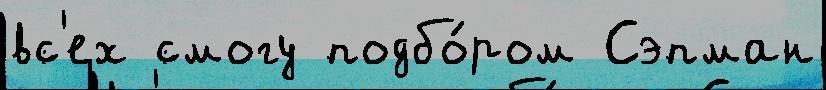
вс'ех смогу подбо́ром Сэпман